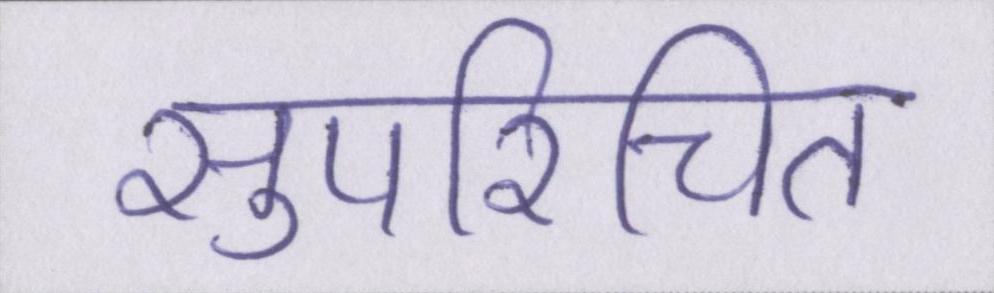
सुपरिचित